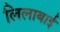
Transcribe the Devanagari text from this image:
लिलाबाई